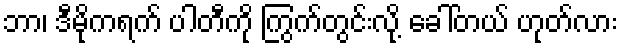
ဘာ၊ ဒီမိုကရက် ပါတီကို ကြွက်တွင်းလို့ ခေါ်တယ် ဟုတ်လား